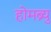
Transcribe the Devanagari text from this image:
होमब्र्यु